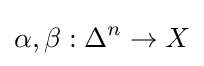
\alpha ,\beta :\Delta ^{n}\to X